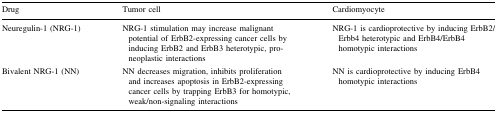
<table><thead><tr><td><b>Drug</b></td><td><b>Tumor cell</b></td><td><b>Cardiomyocyte</b></td></tr></thead><tbody><tr><td>Neuregulin-1 (NRG-1)</td><td>NRG-1 stimulation may increase malignant potential of ErbB2-expressing cancer cells by inducing ErbB2 and ErbB3 heterotypic, pro-neoplastic interactions</td><td>NRG-1 is cardioprotective by inducing ErbB2/Erbb4 heterotypic and ErbB4/ErbB4 homotypic interactions</td></tr><tr><td>Bivalent NRG-1 (NN)</td><td>NN decreases migration, inhibits proliferation and increases apoptosis in ErbB2-expressing cancer cells by trapping ErbB3 for homotypic, weak/non-signaling interactions</td><td>NN is cardioprotective by inducing ErbB4 homotypic interactions</td></tr></tbody></table>